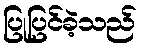
ပြုပြင်ခဲ့သည်